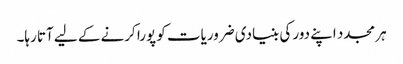
ہر مجدد اپنے دور کی بنیادی ضروریات کو پورا کرنے کے لیے آتا رہا۔